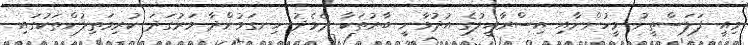
މިއީ ފަލަސްތީނު މީހުންނާއި އިސްރާއީލުގެ އުދުވާނީ ބާރުތަކާ ދެމެދު ހިނގަމުންދާ ވަރުގަދަ ކުރިމަތިލުންތަކުގައި